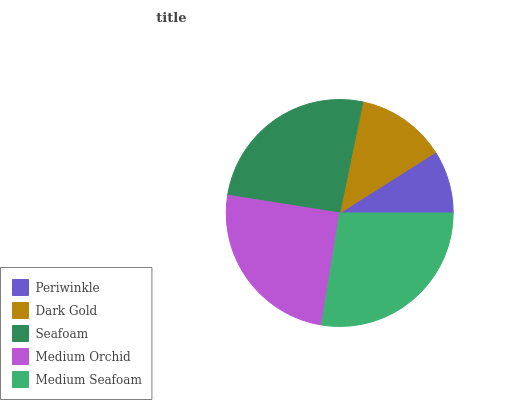
| Periwinkle | Dark Gold | Seafoam | Medium Orchid | Medium Seafoam |
 | --- | --- | --- | --- | --- |
 | 8.97% | 12.7% | 25.8% | 25% | 27.5% |